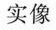
实像